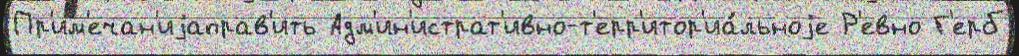
Пр'им'ечан'иjаправ'ить Адм'ин'истрат'ивно-т'ерр'итор'иа́льноjе Р'евно Г'ерб